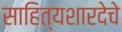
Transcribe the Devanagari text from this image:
साहित्यशारदेचे